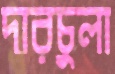
দারচুলা